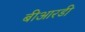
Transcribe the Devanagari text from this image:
बीआरडी